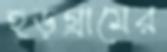
হড়গ্রামের